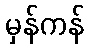
မှန်ကန်